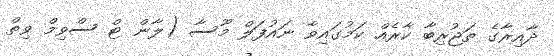
ދާއިރާގެ ތަޖުރިބާ ކާރެއް ކަމުގައިވާ ނައުފަލް މޫސާ (ލާން ޓް ސްވިމް ވިތް